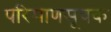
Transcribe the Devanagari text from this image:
परिमाणसूचक